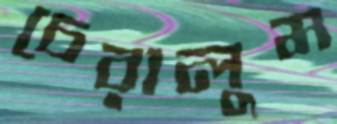
চেরালুম